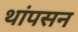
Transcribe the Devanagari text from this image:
थांपसन